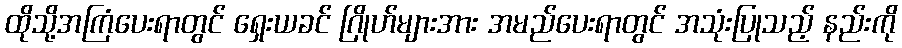
ထိုသို့အကြံပေးရာတွင် ရှေးယခင် ဂြိုဟ်များအား အမည်ပေးရာတွင် အသုံးပြုသည့် နည်းကို